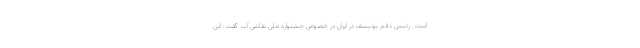
است. رئیس دفتر یونیسف در ایران در خصوص جشنواره ملی نقاشی آب گفت: این